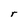
Character: r